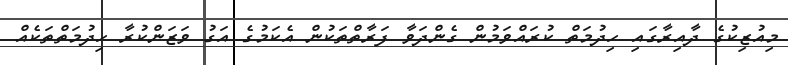
މިއުޒިކުގެ ދާއިރާގައި ހިދުމަތް ކުރައްވަމުން ގެންދަވާ ފަރާތްތަކުން އެކަމުގެ އަގު ވަޒަންކުރާ ހިދުމަތްތަކެއް